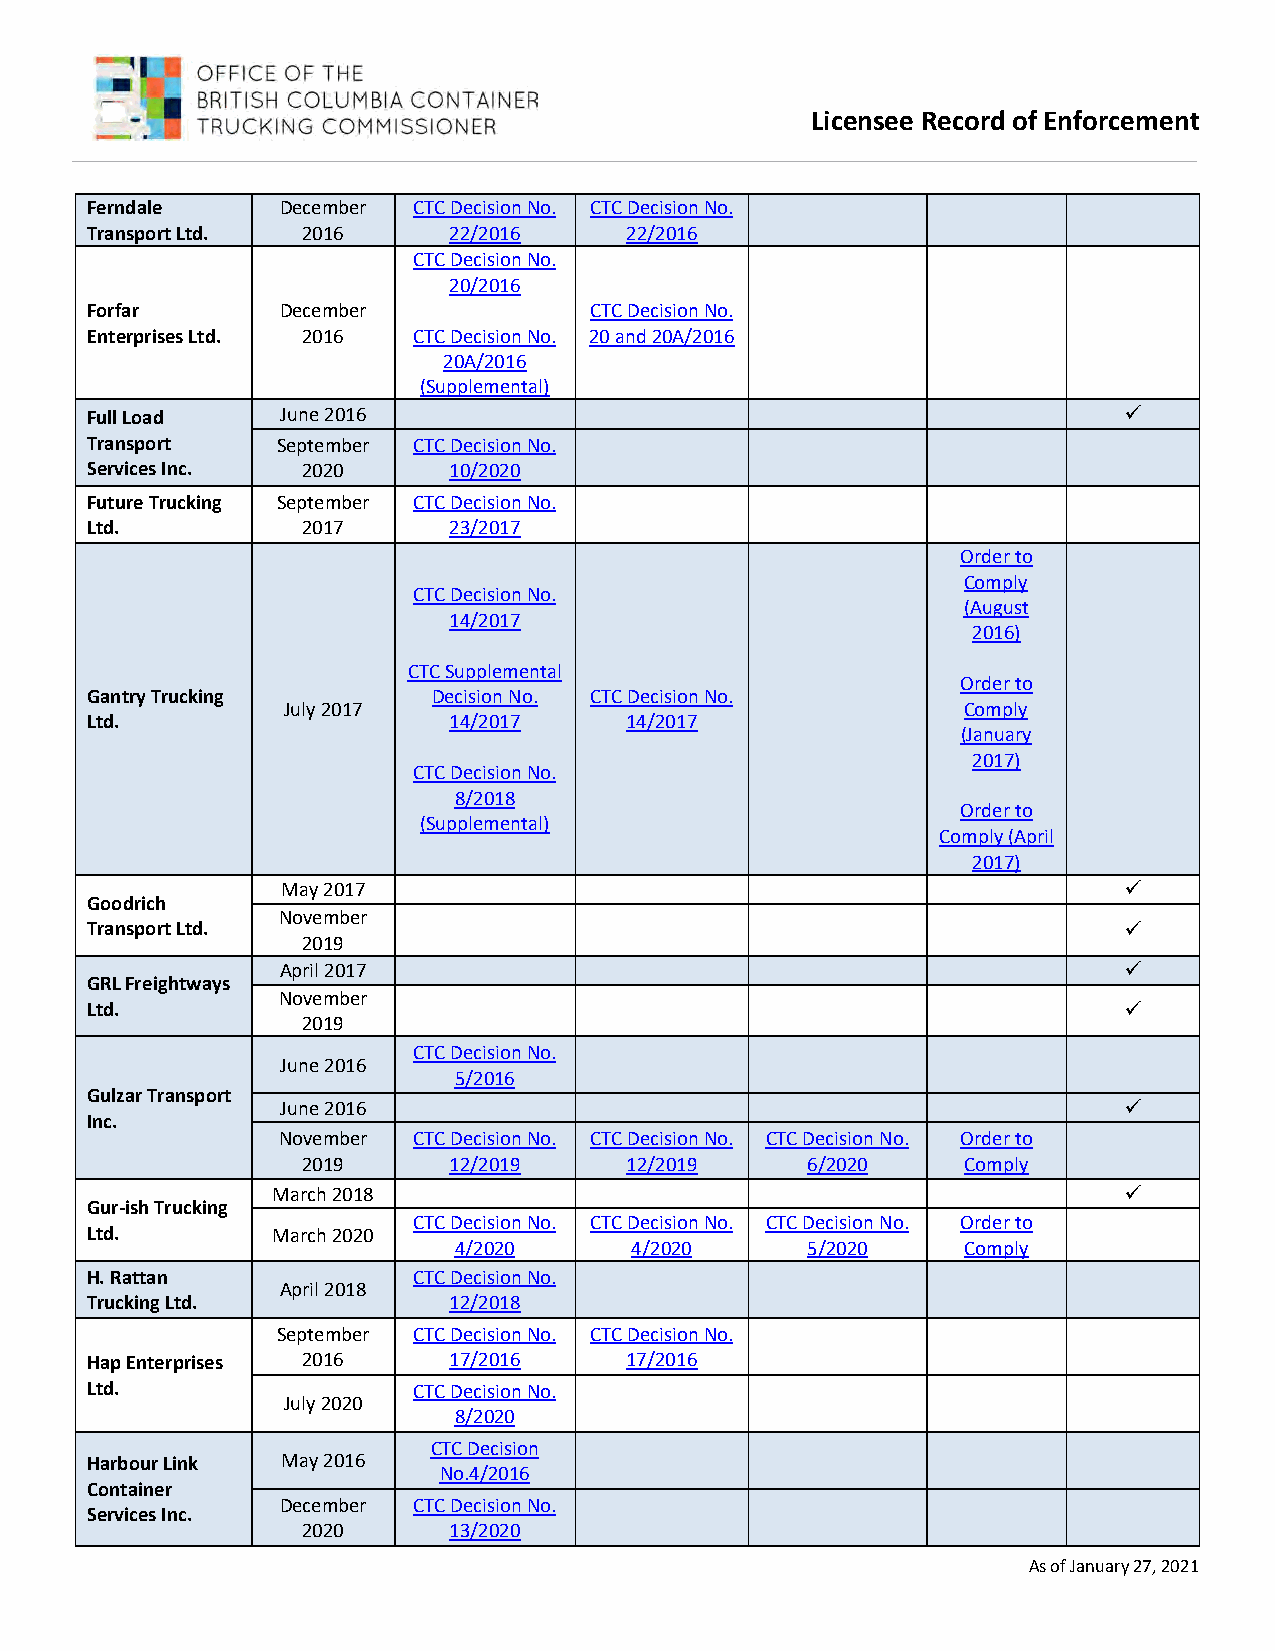
Licensee Record of Enforcement
 Ferndale     December CTC Decision No. CTC Decision No.
 Transport Ltd. 2016     22/2016    22/2016
 CTC Decision No.
 20/2016
 Forfar       December            CTC Decision No.
 Enterprises Ltd. 2016 CTC Decision No. 20 and 20A/2016
 20A/2016
 (Supplemental)
 Full Load    June 2016                                              
 Transport   September CTC Decision No.
 Services Inc. 2020      10/2020
 Future Trucking September CTC Decision No.
 Ltd.          2017      23/2017
 Order to
 Comply
 CTC Decision No.
 (August
 14/2017
 2016)
 CTC Supplemental
 Order to
 Gantry Trucking        Decision No. CTC Decision No.
 July 2017                                    Comply
 Ltd.                    14/2017    14/2017
 (January
 2017)
 CTC Decision No.
 8/2018
 Order to
 (Supplemental)
 Comply (April
 2017)
 May 2017                                               
 Goodrich
 November
 Transport Ltd.                                                      
 2019
 April 2017                                             
 GRL Freightways
 November
 Ltd.                                                                
 2019
 CTC Decision No.
 June 2016
 5/2016
 Gulzar Transport
 June 2016                                              
 Inc.
 November CTC Decision No. CTC Decision No. CTC Decision No. Order to
 2019      12/2019    12/2019     6/2020     Comply
 March 2018                                              
 Gur-ish Trucking
 CTC Decision No. CTC Decision No. CTC Decision No. Order to
 Ltd.        March 2020
 4/2020      4/2020     5/2020     Comply
 H. Rattan            CTC Decision No.
 April 2018
 Trucking Ltd.           12/2018
 September CTC Decision No. CTC Decision No.
 Hap Enterprises 2016    17/2016    17/2016
 Ltd.                 CTC Decision No.
 July 2020
 8/2020
 CTC Decision
 Harbour Link May 2016
 No.4/2016
 Container
 December CTC Decision No.
 Services Inc.
 2020      13/2020
 As of January 27, 2021